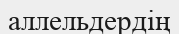
аллельдердің